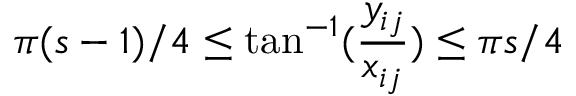
\pi ( s - 1 ) / 4 \le \tan ^ { - 1 } ( \frac { y _ { i j } } { x _ { i j } } ) \le \pi s / 4